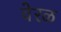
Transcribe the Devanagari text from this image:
वेरळ